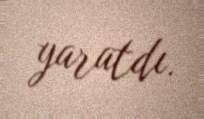
yaratdı.